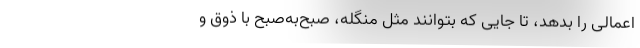
اعمالی را بدهد، تا جایی که بتوانند مثل منگله، صبح‌به‌صبح با ذوق و